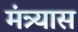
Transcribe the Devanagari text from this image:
मंत्र्यास